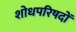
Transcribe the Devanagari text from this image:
शोधपरिषदों